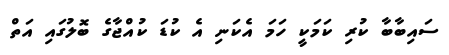
ސައިބާބާ ކުރި ކަމަކީ ހަމަ އެކަނި އެ ކުޑަ ކުއްޖާގެ ބޮލުގައި އަތް